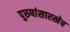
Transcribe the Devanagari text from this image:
पुरुषांसारखेच